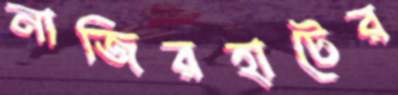
নাজিরহাটের